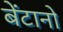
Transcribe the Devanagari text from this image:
बेंटानो